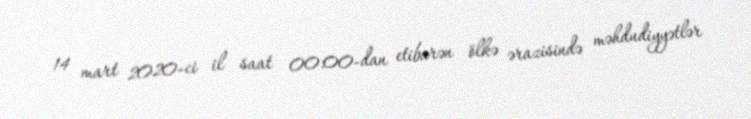
14 mart 2020-ci il saat 00:00-dan etibarən ölkə ərazisində məhdudiyyətlər